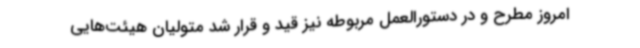
امروز مطرح و در دستورالعمل مربوطه نیز قید و قرار شد متولیان هیئت‌هایی